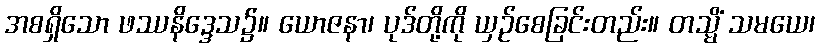
အစရှိသော ဖဿနိဒ္ဒေသ၌။ ယောဇနာ၊ ပုဒ်တို့ကို ယှဉ်စေခြင်းတည်း။ တသ္မိံ သမယေ၊